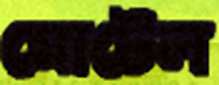
মোটেল